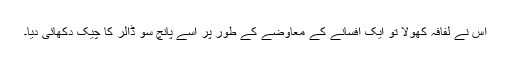
اس نے لفافہ کھولا تو ایک افسانے کے معاوضے کے طور پر اسے پانچ سو ڈالر کا چیک دکھائی دیا۔